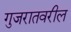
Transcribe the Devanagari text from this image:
गुजरातवरील